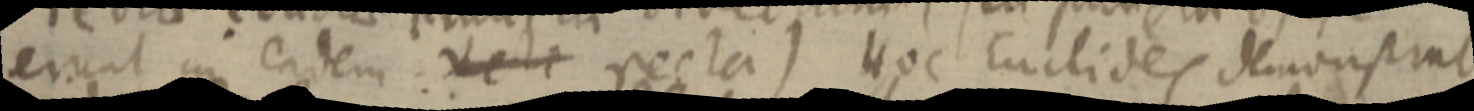
erunt in eadem: _ recta) Hoc Euclides demonstrat